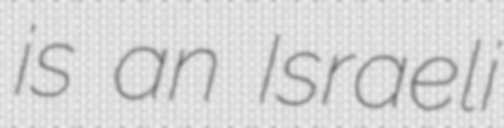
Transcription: is an Israeli